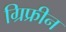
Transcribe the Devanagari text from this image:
ग्रिफ्रीन